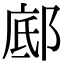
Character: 䣌